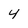
Character: 4